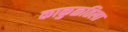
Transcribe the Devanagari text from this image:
काकुळतिला